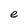
Character: e